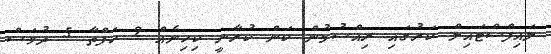
ލައިފްސްޓައިލް ކަރުގައި ރިއްސުމުން ކަން ކުރާނީ ކިހިނެއް 2 ހަފްތާ 5 ދުވަސް